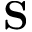
\mathbf { S }